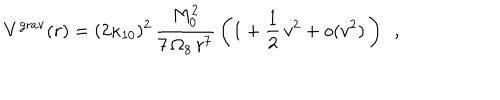
V ^ { \mathrm { g r a v } } ( r ) = ( 2 \kappa _ { 1 0 } ) ^ { 2 } \, { \frac { M _ { 0 } ^ { 2 } } { 7 \, \Omega _ { 8 } \, r ^ { 7 } } } \left( 1 + \frac { 1 } { 2 } \, v ^ { 2 } + o ( v ^ { 2 } ) \, \right) ~ ~ ,